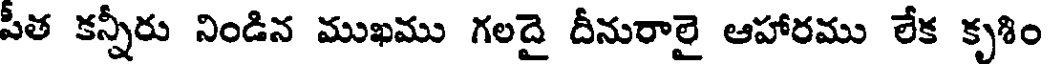
పీత కన్నీరు నిండిన ముఖము గలదై దీనురాలై ఆహారము లేక కృశిం